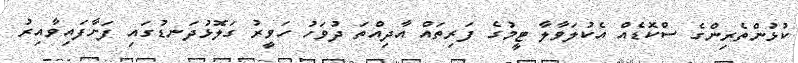
ކުޅުންތެރިންގެ ސްކޮޑެއް އެކުލަވާލާ ޓީމުގެ ފަރިތައް އާދިއްތަ ދުވަހު ހަވީރު ގަލޮޅުދަނޑުގައި ފަށާފައިވާއިރު